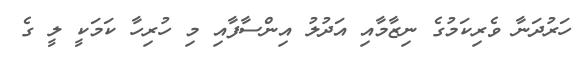
ހަރުދަނާ ވެރިކަމުގެ ނިޒާމާއި އަދުލު އިންސާފާއި މި ހުރިހާ ކަމަކީ ލީ ގެ